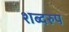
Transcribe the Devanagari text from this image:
शब्दरुप